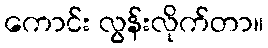
ကောင်း လွန်းလိုက်တာ။